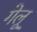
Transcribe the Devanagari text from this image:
गेलू